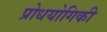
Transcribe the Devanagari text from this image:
प्रोधयोगिकी